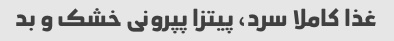
غذا کاملا سرد، پیتزا پپرونى خشک و بد